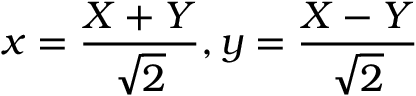
x = { \frac { X + Y } { \sqrt { 2 } } } , y = { \frac { X - Y } { \sqrt { 2 } } }